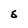
Character: S